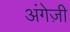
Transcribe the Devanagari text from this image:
अंगेज़ी